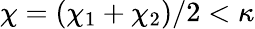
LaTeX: \chi=(\chi_{1}+\chi_{2})/2<\kappa